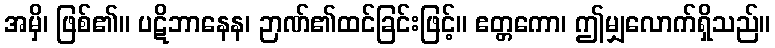
အမှိ၊ ဖြစ်၏။ ပဋိဘာနေန၊ ဉာဏ်၏ထင်ခြင်းဖြင့်။ ဧတ္တကော၊ ဤမျှလောက်ရှိသည်။